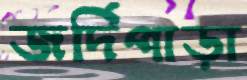
জর্দিপাড়া